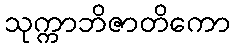
သုက္ကာဘိဇာတိကော